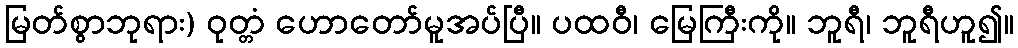
မြတ်စွာဘုရား) ဝုတ္တံ ဟောတော်မူအပ်ပြီ။ ပထဝီ၊ မြေကြီးကို။ ဘူရီ၊ ဘူရီဟူ၍။